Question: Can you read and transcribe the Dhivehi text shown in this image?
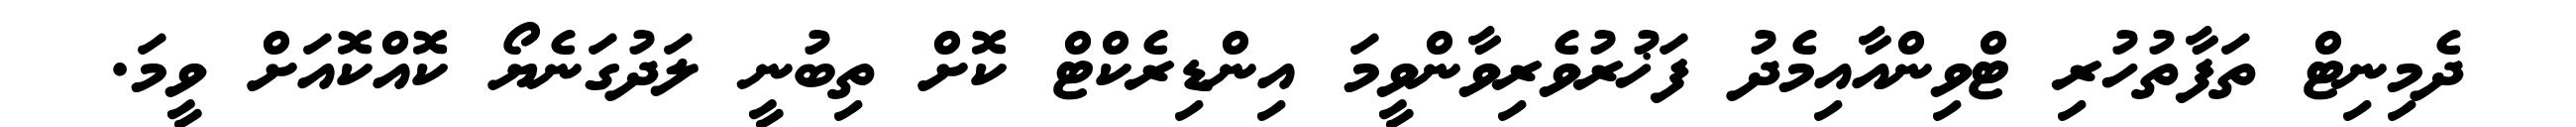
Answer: ދެމިނިޓް ތަފާތުހުރި ޓްވިންއާއިމެދު ފަޚުރުވެރިވާންވީމަ އިންޑިރެކްޓް ކޮށް ތިބުނީ ލަދުގަނެޔޯ ކޮއްކޮއަށް ވީމަ.